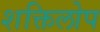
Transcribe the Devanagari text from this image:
शक्तिलोप